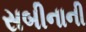
સબીનાની